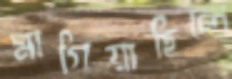
মাগিয়াছিলে